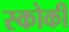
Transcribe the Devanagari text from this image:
स्‍कोकी